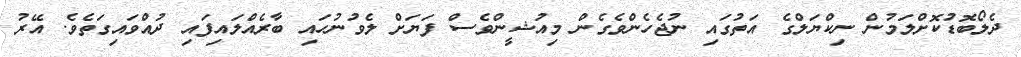
ދެލޯބޮޑުކޮށްލަމުން ނިކްޔަލްގެ އަތުގައި ނުޖެހެންވެގެން މިއުޝީންވެސް ފަޔަށް ލެވުނުހައި ބާރެއްލައިފައި ދުއްވައިގަތެވެ. އޭރު